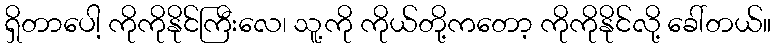
ရှိတာပေါ့ ကိုကိုနိုင်ကြီးလေ၊ သူ့ကို ကိုယ်တို့ကတော့ ကိုကိုနိုင်လို့ ခေါ်တယ်။